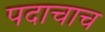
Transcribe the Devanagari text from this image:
पदाचाच